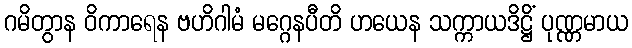
ဂမိတွာန ဝိကာရေန ဗဟိဂါမံ မဂ္ဂေနပီတိ ဟယေန သက္ကာယဒိဋ္ဌိံ ပုဏ္ဏမာယ